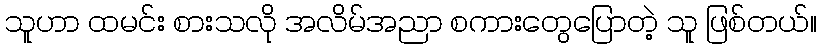
သူဟာ ထမင်း စားသလို အလိမ်အညာ စကားတွေပြောတဲ့ သူ ဖြစ်တယ်။